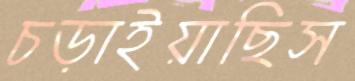
চড়াইয়াছিস